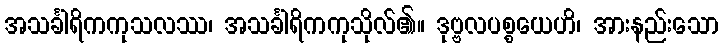
အသင်္ခါရိကကုသလဿ၊ အသင်္ခါရိကကုသိုလ်၏။ ဒုဗ္ဗလပစ္စယေဟိ၊ အားနည်းသော